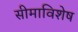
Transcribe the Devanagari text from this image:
सीमाविशेष